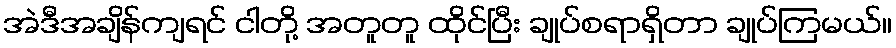
အဲဒီအချိန်ကျရင် ငါတို့ အတူတူ ထိုင်ပြီး ချုပ်စရာရှိတာ ချုပ်ကြမယ်။